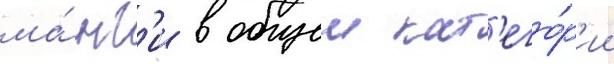
ма́нг'и в общеи кат'его́р'ии